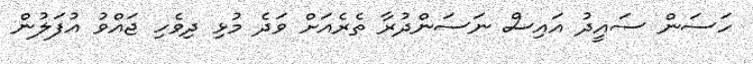
ހަސަން ސައީދު އައިސް ނަސަންދުރާ ތެރެއަށް ވަދެ މުޅި ދިވެހި ޖައްވު އުފަލުން